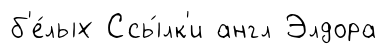
б'е́лых Ссы́лк'и англ Элдора